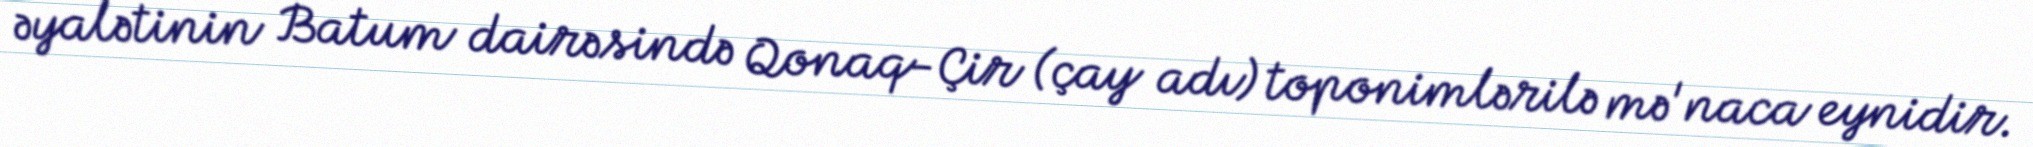
əyalətinin Batum dairəsində Qonaq-Çir (çay adı) toponimlərilə mə'naca eynidir.